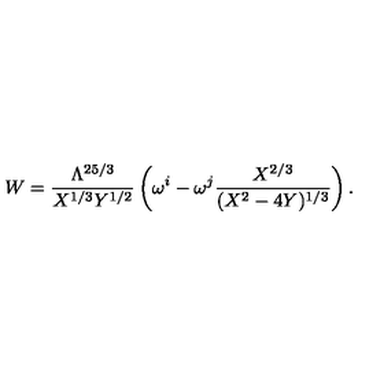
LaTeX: W = \frac { \Lambda ^ { 2 5 / 3 } } { X ^ { 1 / 3 } Y ^ { 1 / 2 } } \left( \omega ^ { i } - \omega ^ { j } \frac { X ^ { 2 / 3 } } { ( X ^ { 2 } - 4 Y ) ^ { 1 / 3 } } \right) .